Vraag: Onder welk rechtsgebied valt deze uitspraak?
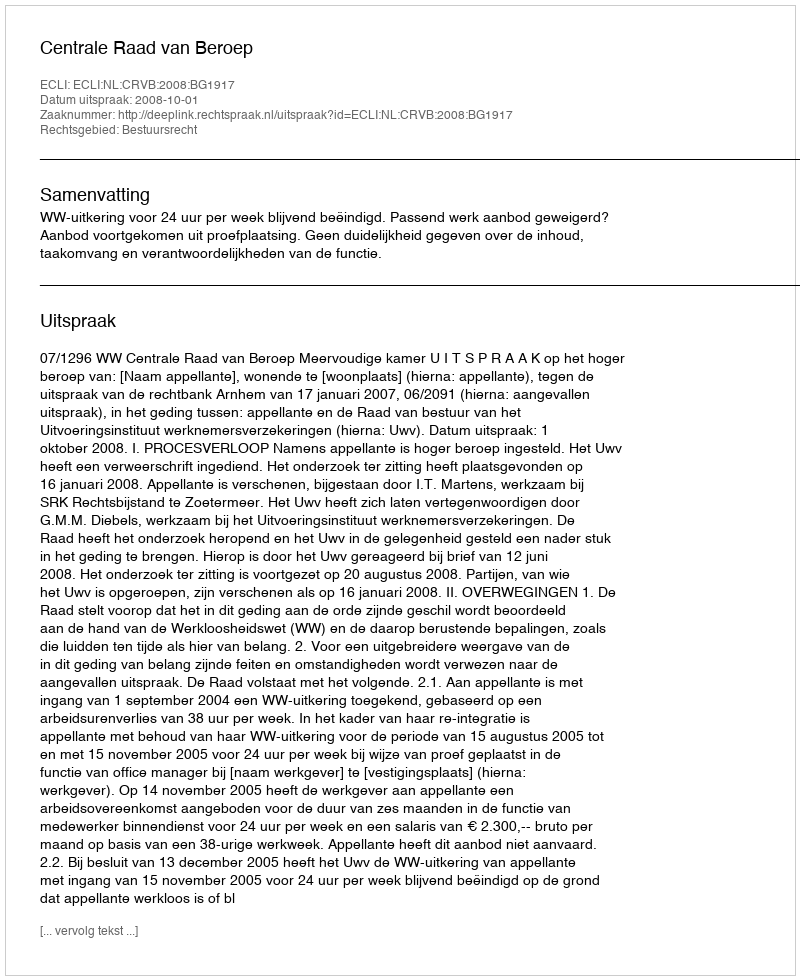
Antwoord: Bestuursrecht